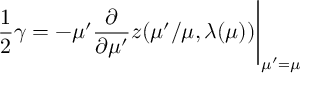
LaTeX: \frac { 1 } { 2 } \gamma = - \mu ^ { \prime } \frac { \partial } { \partial \mu ^ { \prime } } z ( \mu ^ { \prime } / \mu , \lambda ( \mu ) ) \Bigg | _ { \mu ^ { \prime } = \mu }